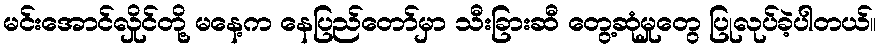
မင်းအောင်လှိုင်တို့ မနေ့က နေပြည်တော်မှာ သီးခြားဆီ တွေ့ဆုံမှုတွေ ပြုလုပ်ခဲ့ပါတယ်။